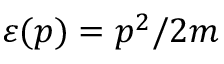
\varepsilon ( \boldsymbol { p } ) = p ^ { 2 } / 2 m